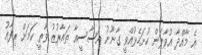
އެ މާއްދާ އުވާލަން ހުށަހެޅުއްވީ ގާނޫނު އަސާސީއާ ތައާރުޒު ވާތީ ކަމަށް ރިފާއު